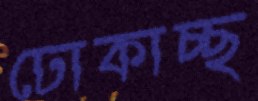
ঢোকাচ্ছ